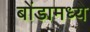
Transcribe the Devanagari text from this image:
बोंडामध्ये